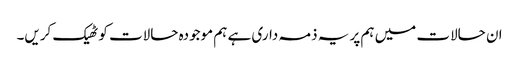
ان حالات میں ہم پر یہ ذمہ داری ہے ہم موجودہ حالات کو ٹھیک کریں۔